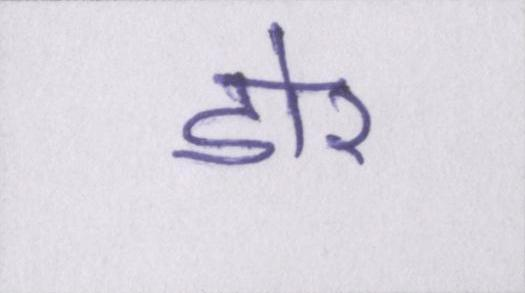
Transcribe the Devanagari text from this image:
डोर